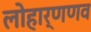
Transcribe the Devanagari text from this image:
लोहार्णणव